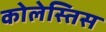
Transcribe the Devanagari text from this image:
कोलेस्तिस